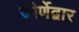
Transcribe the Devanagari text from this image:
जीर्णेद्वार